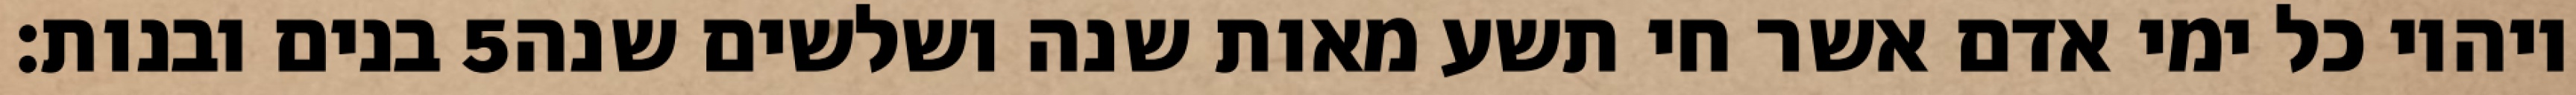
בנים ובנות׃ ‎5‏ ויהיו כל ימי אדם אשר חי תשע מאות שנה ושלשים שנה